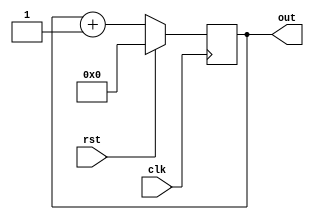
module counter(rst,clk,out);
    input wire rst;
    input wire clk;

    output reg[3:0] out;

    always @(posedge clk)
    begin
        if (rst)
        begin
            out <= 4'b0000;
        end
        else
        begin
            out <= out + 1'b1;
        end
    end
endmodule